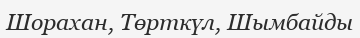
Шорахан, Төрткүл, Шымбайды